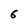
Character: 6